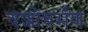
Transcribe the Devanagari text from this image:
यशोवर्मण